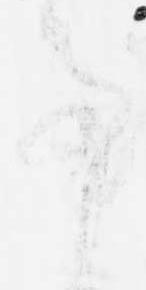
事